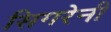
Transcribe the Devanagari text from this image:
सिगरेनी